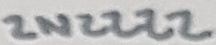
Text: 2N2222